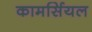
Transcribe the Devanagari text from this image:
कामर्सियल